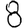
Digit: 8